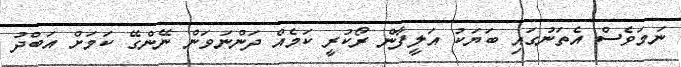
ނަމަވެސް އެތަނުގައި ބަޔަކު އަލީފާން ރޯކުރީ ކަމެއް ދަންނަވަން ނޭންގޭ ކަމަށް އަބްދު